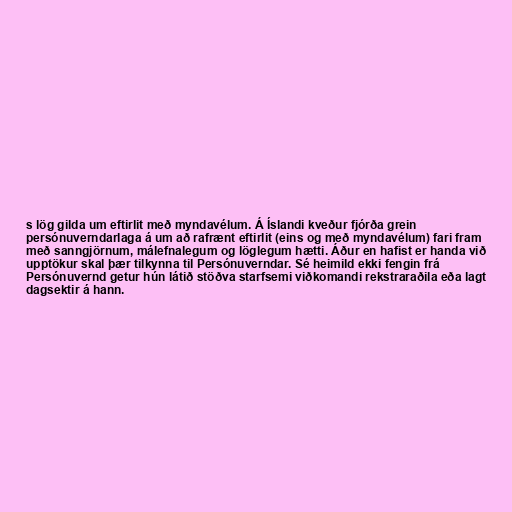
s lög gilda um eftirlit með myndavélum. Á Íslandi kveður fjórða grein
persónuverndarlaga á um að rafrænt eftirlit (eins og með myndavélum) fari fram
með sanngjörnum, málefnalegum og löglegum hætti. Áður en hafist er handa við
upptökur skal þær tilkynna til Persónuverndar. Sé heimild ekki fengin frá
Persónuvernd getur hún látið stöðva starfsemi viðkomandi rekstraraðila eða lagt
dagsektir á hann.